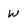
Character: w